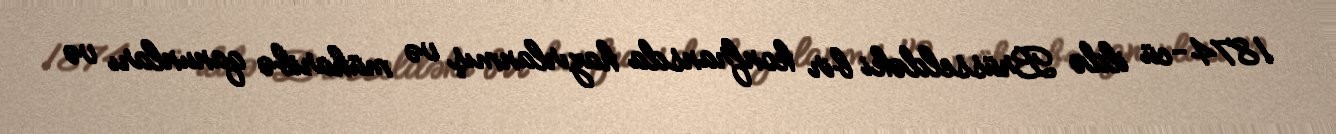
1874-cü ildə Brüsseldəki bir konfransda hazırlanmış və müharibə qanunları və